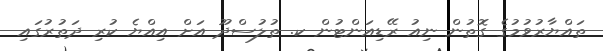
ތައްޔާރުވުމުގެ ގޮތުން ނިއު ރޭޑިއަންޓުން ކ. ތުލުސްދޫ އަށް އިއްޔެ ކުރި ދަތުރުގައި